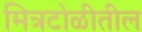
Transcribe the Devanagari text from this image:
मित्रटोळीतील